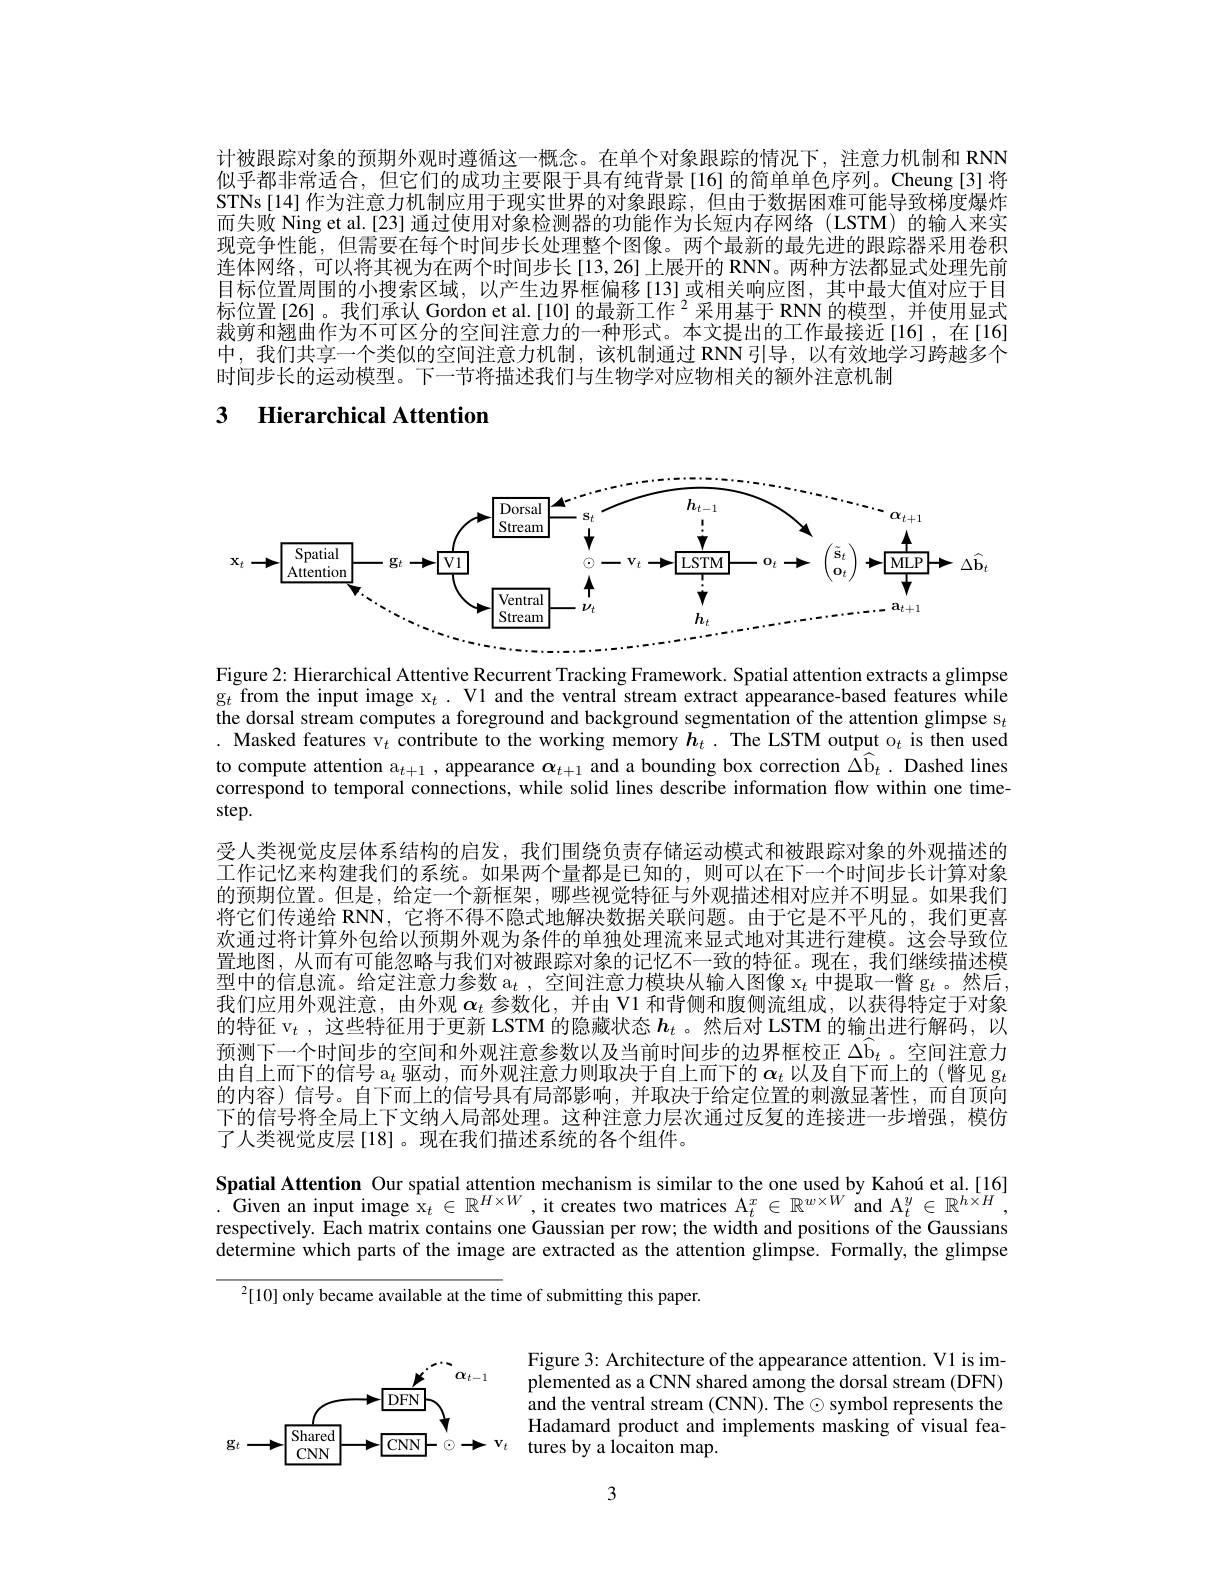
计被跟踪对象的预期外观时遵循这一概念。在单个对象跟踪的情况下，注意力机制和 RNN 似乎都非常适合，但它们的成功主要限于具有纯背景[16] 的简单单色序列。Cheung[3] 将STNs[14]作为注意力机制应用于现实世界的对象跟踪，但由于数据困难可能导致梯度爆炸而失败 Ning et al.[23] 通过使用对象检测器的功能作为长短内存网络(LSTM) 的输人来实现竞争性能，但需要在每个时间步长处理整个图像。两个最新的最先进的跟踪器采用卷积连体网络，可以将其视为在两个时间步长[13,26]上展开的 RNN。两种方法都显式处理先前目标位置周围的小搜索区域，以产生边界框偏移[13]或相关响应图，其中最大值对应于目标位置[26]。我们承认 Gordon et al.[10] 的最新工作$^{2}$采用基于 RNN 的模型，并使用显式裁剪和翘曲作为不可区分的空间注意力的一种形式。本文提出的工作最接近[16],在[16] 中，我们共享一个类似的空间注意力机制，该机制通过 RNN引导，以有效地学习跨越多个时间步长的运动模型。下一节将描述我们与生物学对应物相关的额外注意机制

## 3 Hierarchical Attention

<FigureHere>

Figure 2: Hierarchical Attentive Recurrent Tracking Framework. Spatial attention extracts a glimpse $\mathrm{g}_{t}$from the input image x$_t.$ V1 and the ventral stream extract appearance-based features while the dorsal stream computes a foreground and background segmentation of the attention glimpse s$_{t}$ . Masked features v$_t$ contribute to the working memory $h_t.$ The LSTM output o$_t$ is then used to compute attention a$_t+1$, appearance $\alpha_{t+1}$ and a bounding box correction $\hat{\Delta\text{b}}_t.$ Dashed lines correspond to temporal connections, while solid lines describe information flow within one time-

step.

受人类视觉皮层体系结构的启发，我们围绕负责存储运动模式和被跟踪对象的外观描述的工作记忆来构建我们的系统。如果两个量都是已知的，则可以在下一个时间步长计算对象的预期位置。但是，给定一个新框架，哪些视觉特征与外观描述相对应并不明显。如果我们将它们传递给 RNN, 它将不得不隐式地解决数据关联问题。由于它是不平凡的，我们更喜欢通过将计算外包给以预期外观为条件的单独处理流来显式地对其进行建模。这会导致位置地图，从而有可能忽略与我们对被跟踪对象的记忆不一致的特征。现在，我们继续描述模型中的信息流。给定注意力参数$\mathrm{a}_t$,空间注意力模块从输入图像$\mathrm{x}_t$中提取一瞥 g$_t$。然后我们应用外观注意，由外观$\boldsymbol{\alpha}_t$参数化，并由 V1 和背侧和腹侧流组成，以获得特定于对象的特征 v$_t$,这些特征用于更新 LSTM 的隐藏状态$\boldsymbol{h}_t$ 。然后对 LSTM 的输出进行解码，以预测下一个时间步的空间和外观注意参数以及当前时间步的边界框校正$\Delta\hat{\mathrm{b}}_t$ 。空间注意力由自上而下的信号 a$_t$驱动，而外观注意力则取决于自上而下的$\alpha_t$以及自下而上的 (瞥见 g$_t$ 的内容)信号。自下而上的信号具有局部影响，并取决于给定位置的刺激显著性，而自顶向下的信号将全局上下文纳人局部处理。这种注意力层次通过反复的连接进一步增强，模仿了人类视觉皮层[18]。现在我们描述系统的各个组件。

$\begin{array}{c}\text{Spatial Attention Our spatial attention mechanism is similar to the one used by Kahoú et al.[16]}\\\text{.Given an input image x}_{t}\in\mathbb{R}^{H\times W},\text{it creates two matrices A}_{t}^{x}\in\mathbb{R}^{w\times W}\mathrm{~and~A}_{t}^{y}\in\mathbb{R}^{h\times H},\end{array}$ respectively. Each matrix contains one Gaussian per row; the width and positions of the Gaussians determine which parts of the image are extracted as the attention glimpse. Formally, the glimpse

$^2[10]$ only became available at the time of submitting this paper.

$\alpha_{t-1}$
$DFN$
Shared
$\mathbf{g}_{t}$
${\boxed{\mathrm{CNN}}}-\odot{\xrightarrow{\mathrm{v}}}$tures by a locaiton map.
$CNN$

Figure 3: Architecture of the appearance attention. V1 is implemented as a CNN shared among the dorsal stream (DFN) and the ventral stream (CNN). The $\odot$ symbol represents the Hadamard product and implements masking of visual fea-

3